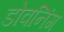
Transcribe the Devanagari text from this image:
डोवनिंग